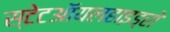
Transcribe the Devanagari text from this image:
स्टेटऑयलहाइड्रो